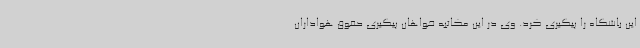
این باشگاه را پیگیری کرد. وی در این مکاتبه خواهان پیگیری حقوق هواداران